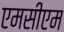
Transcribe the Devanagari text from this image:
एमसीएम